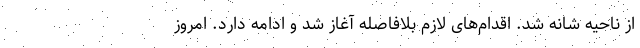
از ناحیه شانه شد. اقدام‌های لازم بلافاصله آغاز شد و ادامه دارد. امروز